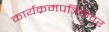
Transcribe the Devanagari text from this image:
कार्यक्रमपत्रिकेवर